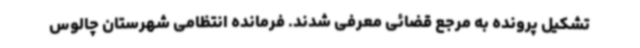
تشکیل پرونده به مرجع قضائی معرفی شدند. فرمانده انتظامی شهرستان چالوس